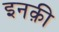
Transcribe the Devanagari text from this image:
इनक़ी